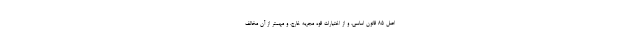
اصل ۸۵ قانون اساسی، و از اختیارات قوه مجریه خارج، و مهمتر از آن مخالف